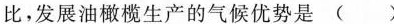
比，发展油橄榄生产的气候优势是 ( )